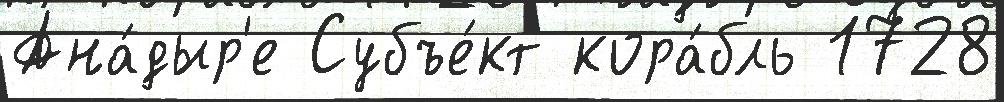
Ана́дыр'е Субъе́кт кора́бль 1728